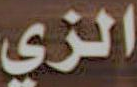
الزي